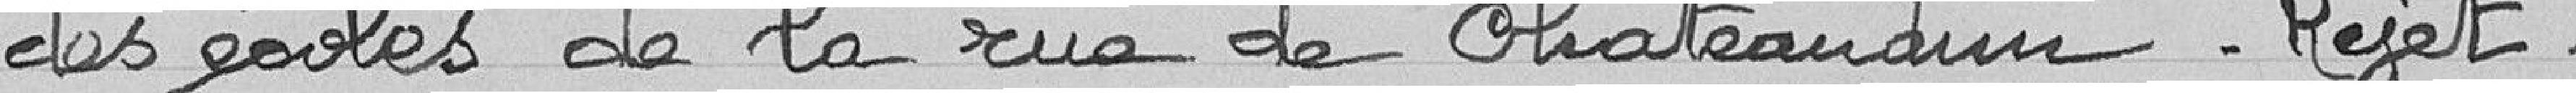
des écoles de la rue de Châteaudun - Rejet